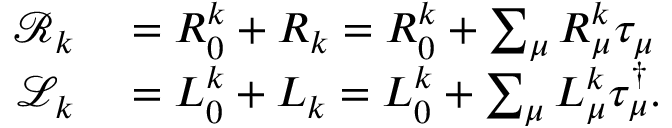
\begin{array} { r l } { \mathcal { R } _ { k } } & { { } = R _ { 0 } ^ { k } + R _ { k } = R _ { 0 } ^ { k } + \sum _ { \mu } R _ { \mu } ^ { k } \tau _ { \mu } } \\ { \mathcal { L } _ { k } } & { { } = L _ { 0 } ^ { k } + L _ { k } = L _ { 0 } ^ { k } + \sum _ { \mu } L _ { \mu } ^ { k } \tau _ { \mu } ^ { \dagger } . } \end{array}